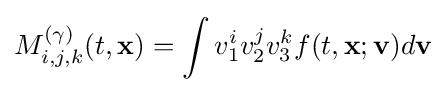
M_{i,j,k}^{(\gamma )}(t,\mathbf {x} )=\int v_{1}^{i}v_{2}^{j}v_{3}^{k}f(t,\mathbf {x} ;\mathbf {v} )d\mathbf {v}